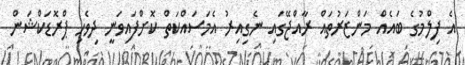
އެ ފިލްމުގެ ބައެއް މަންޒަރުތައް ރާއްޖޭގައި ނެގިއިރު އެމަސައްކަތް ކޮށްފައިވަނީ ދިވެހި ޕްރޮޑަކްޝަން